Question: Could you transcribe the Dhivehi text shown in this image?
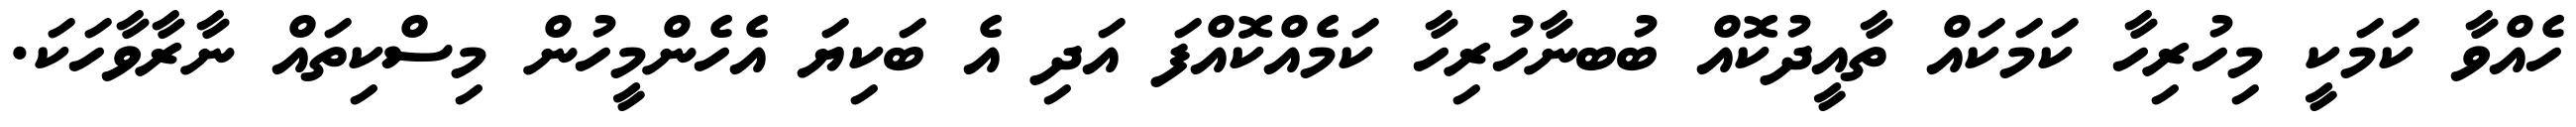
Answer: ހެއްވާ ކަމަކީ މިހުރިހާ ކަމަކައް ތާއީދުކޮއް ބުބނާހުރިހާ ކަމެއްކޮއްފަ އަދި އެ ބަކިޔަ އެހެންމީހުން މިސްކިތައް ނާރާވާހަކަ.